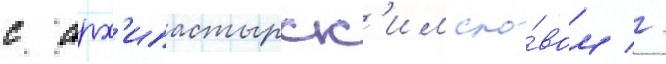
с арх'ипастырск'им сло́вом //